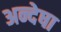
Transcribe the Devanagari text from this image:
अन्देषा